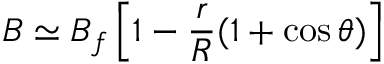
B \simeq B _ { f } \left[ 1 - \frac { r } { R } ( 1 + \cos \theta ) \right]